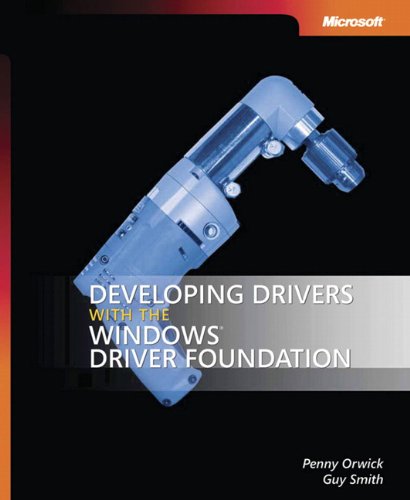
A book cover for Developing Drivers with the Windows Driver Foundation (Developer Reference); Penny Orwick; Computers & Technology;